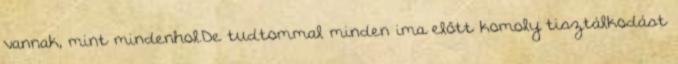
vannak, mint mindenhol.De tudtommal minden ima előtt komoly tisztálkodást